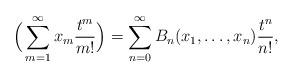
LaTeX: \begin{align*} \Big( \sum_{m=1}^\infty x_m \frac{t^m}{m!} \Big) &= \sum_{n=0}^\infty B_n (x_1, \dots , x_n) \frac{t^n}{n!},\end{align*}